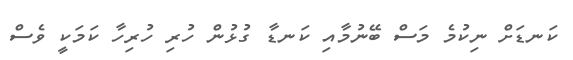
ކަނޑަށް ނިކުމެ މަސް ބޭނުމާއި ކަނޑާ ގުޅުން ހުރި ހުރިހާ ކަމަކީ ވެސް